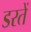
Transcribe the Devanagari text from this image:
डरतें